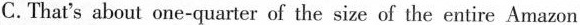
C.That's about one-quarter of the size of the entire Amazon